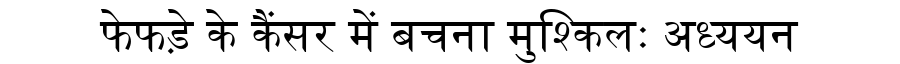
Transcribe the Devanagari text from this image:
फेफड़े के कैंसर में बचना मुश्किलः अध्ययन